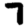
Digit: 7